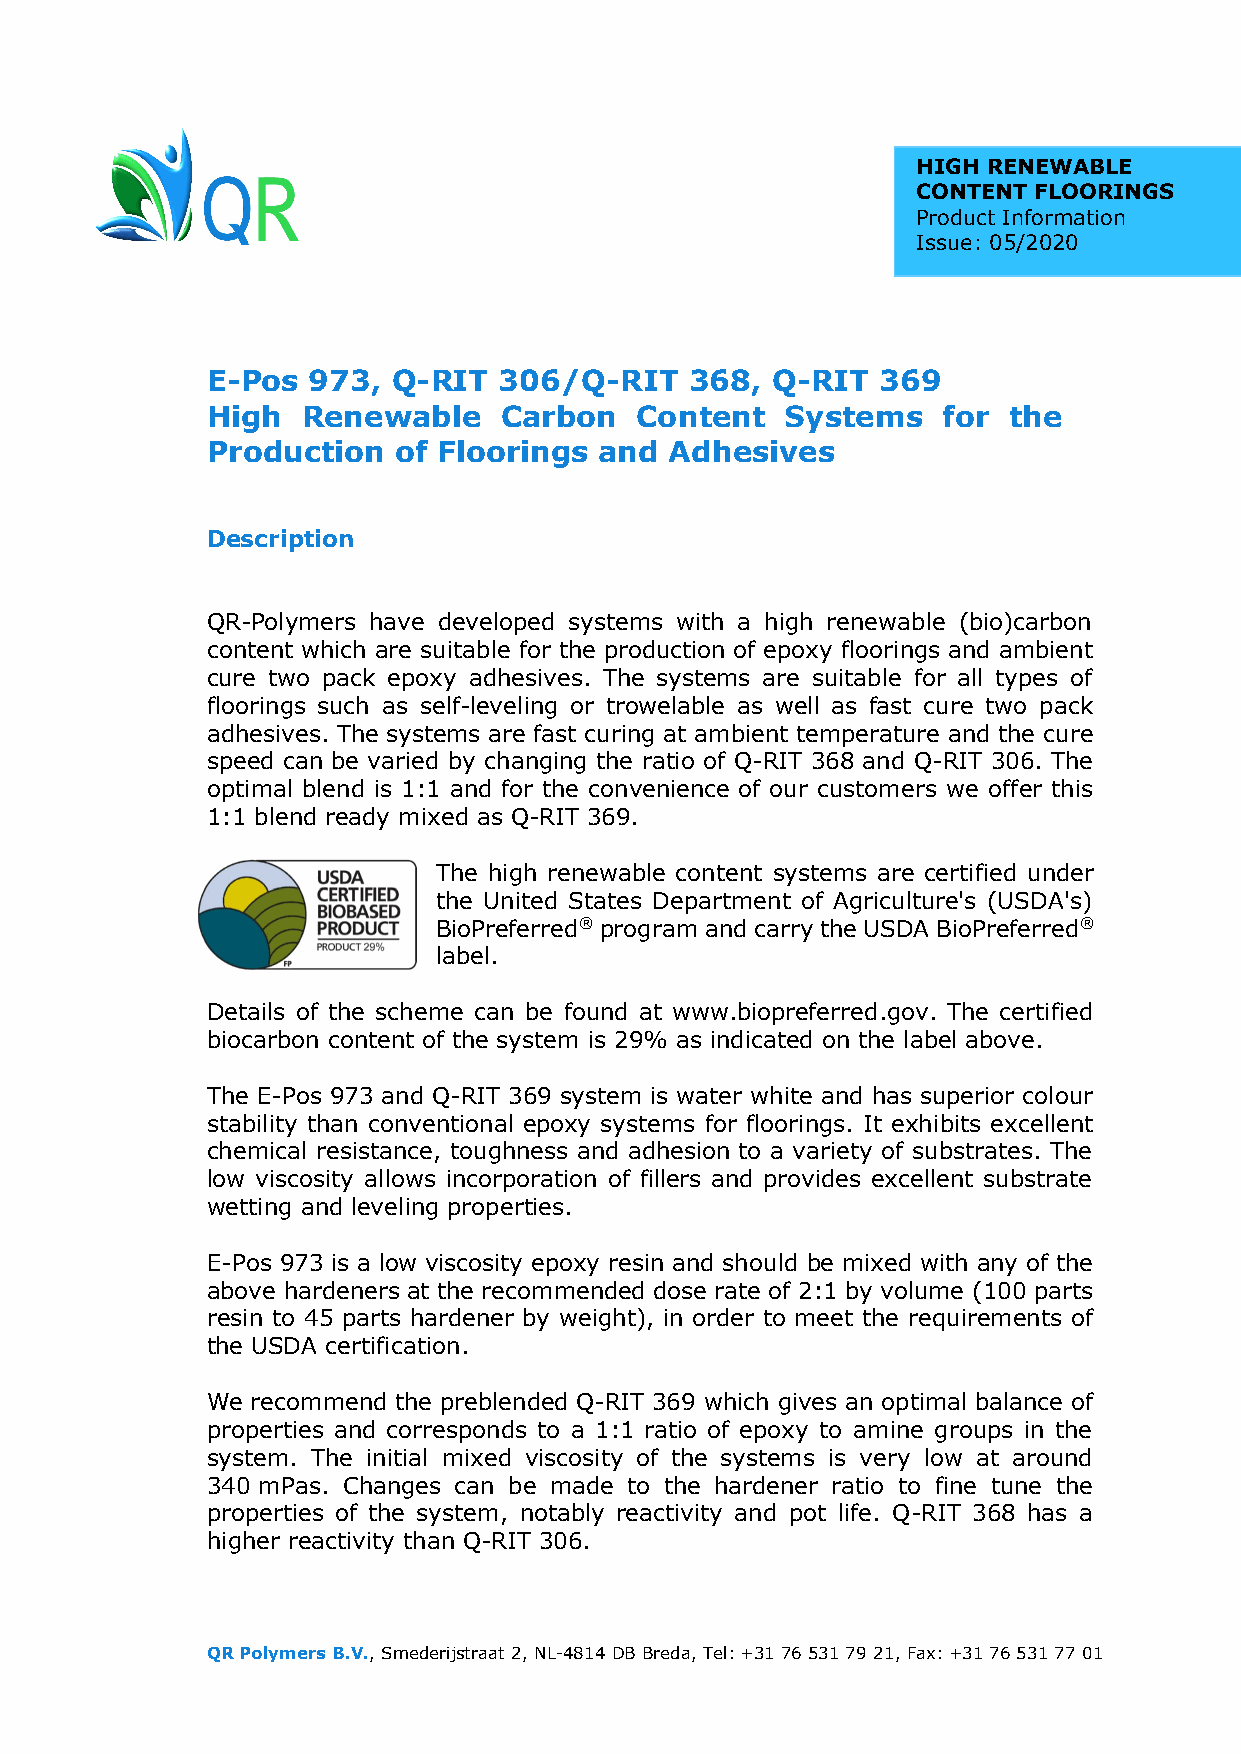
HIGH RENEWABLE
 CONTENT FLOORINGS
 Product Information
 Issue: 05/2020
 E-Pos 973,  Q-RIT  306/Q-RIT    368, Q-RIT  369
 High  Renewable    Carbon   Content   Systems   for  the
 Production  of Floorings  and Adhesives
 Description
 QR-Polymers have developed systems with a high renewable (bio)carbon
 content which are suitable for the production of epoxy floorings and ambient
 cure two pack epoxy adhesives. The systems are suitable for all types of
 floorings such as self-leveling or trowelable as well as fast cure two pack
 adhesives. The systems are fast curing at ambient temperature and the cure
 speed can be varied by changing the ratio of Q-RIT 368 and Q-RIT 306. The
 optimal blend is 1:1 and for the convenience of our customers we offer this
 1:1 blend ready mixed as Q-RIT 369.
 The high renewable content systems are certified under
 the United States Department of Agriculture's (USDA's)
 BioPreferred® program and carry the USDA BioPreferred®
 label.
 Details of the scheme can be found at www.biopreferred.gov. The certified
 biocarbon content of the system is 29% as indicated on the label above.
 The E-Pos 973 and Q-RIT 369 system is water white and has superior colour
 stability than conventional epoxy systems for floorings. It exhibits excellent
 chemical resistance, toughness and adhesion to a variety of substrates. The
 low viscosity allows incorporation of fillers and provides excellent substrate
 wetting and leveling properties.
 E-Pos 973 is a low viscosity epoxy resin and should be mixed with any of the
 above hardeners at the recommended dose rate of 2:1 by volume (100 parts
 resin to 45 parts hardener by weight), in order to meet the requirements of
 the USDA certification.
 We recommend the preblended Q-RIT 369 which gives an optimal balance of
 properties and corresponds to a 1:1 ratio of epoxy to amine groups in the
 system. The initial mixed viscosity of the systems is very low at around
 340 mPas. Changes can be made to the hardener ratio to fine tune the
 properties of the system, notably reactivity and pot life. Q-RIT 368 has a
 higher reactivity than Q-RIT 306.
 QR Polymers B.V., Smederijstraat 2, NL-4814 DB Breda, Tel: +31 76 531 79 21, Fax: +31 76 531 77 01